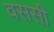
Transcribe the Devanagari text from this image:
वससी